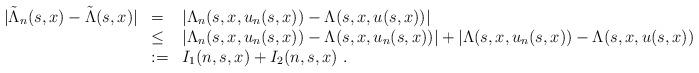
LaTeX: \begin{align*} \begin{array}{lll} |\tilde{\Lambda}_n(s,x) - \tilde{\Lambda}(s,x)| & = & |\Lambda_n(s,x,u_n(s,x)) - \Lambda(s,x,u(s,x))| \\ & \leq & |\Lambda_n(s,x,u_n(s,x)) - \Lambda(s,x,u_n(s,x))| + |\Lambda(s,x,u_n(s,x)) - \Lambda(s,x,u(s,x))| \\ & := & I_1(n,s,x) + I_2(n,s,x) \ . \end{array}\end{align*}